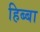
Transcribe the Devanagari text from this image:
हिब्बा